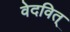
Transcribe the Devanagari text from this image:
वेदवित्